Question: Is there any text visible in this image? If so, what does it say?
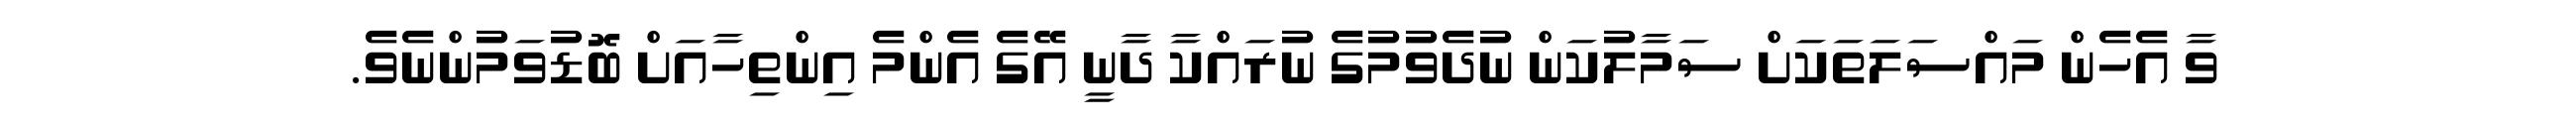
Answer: ވާ އެހެން މައްސަލަތަކަށް ސަމާލުކަން ނުދެވުމުގެ ނުރައްކާ ދާނީ އޭގެ އެންމެ އިންތިހާއަށް ބޮޑުވަމުންނެވެ.